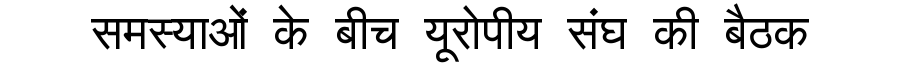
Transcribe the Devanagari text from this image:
समस्याओं के बीच यूरोपीय संघ की बैठक